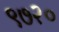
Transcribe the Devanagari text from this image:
९७२०